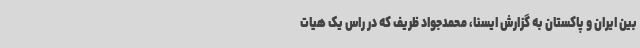
بین ایران و پاکستان به گزارش ایسنا، محمدجواد ظریف که در راس یک هیات